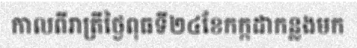
កាលពីរាត្រីថ្ងៃពុធទី២៤ខែកក្កដាកន្លងមក